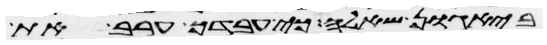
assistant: ביגון שאלה כי עבדך ערב את